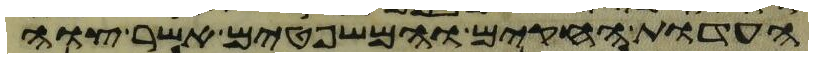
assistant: העדות החקים והמשפטים אשר צוה